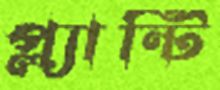
প্ল্যান্টি